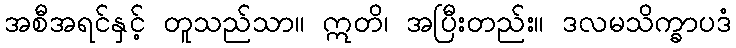
အစီအရင်နှင့် တူသည်သာ။ ဣတိ၊ အပြီးတည်း။ ဒလမသိက္ခာပဒံ